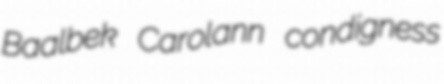
Baalbek Carolann condigness